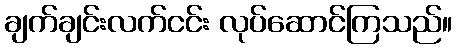
ချက်ချင်းလက်ငင်း လုပ်ဆောင်ကြသည်။